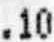
.10